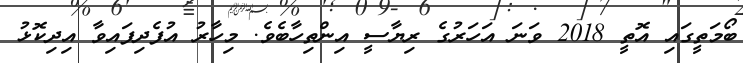
ބޯމަތީގައި އޮތީ 2018 ވަނަ އަހަރުގެ ރިޔާސީ އިންތިހާބެވެ. މިހާރު އުފެދިފައިވާ އިދިކޮޅު